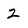
Character: 2